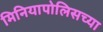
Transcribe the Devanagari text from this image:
मिनियापोलिसच्या